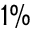
1 \%